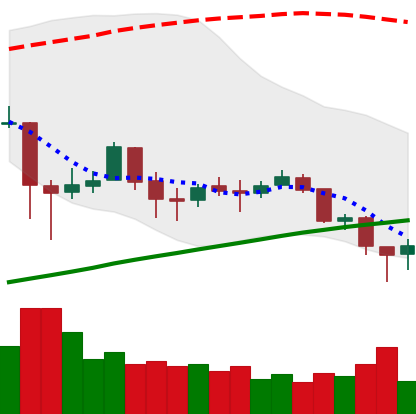
Ticker: BTC-USD
Chart end date: 2018-02-03
Forward return: -9.911%
Label: down_7plus